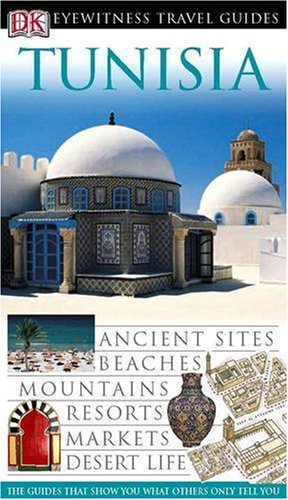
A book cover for Tunisia (DK Eyewitness Travel Guide); *             ; Travel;